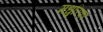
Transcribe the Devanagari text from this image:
मधुरिका